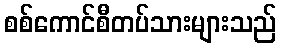
စစ်ကောင်စီတပ်သားများသည်